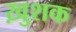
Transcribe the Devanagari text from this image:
ख़ुशक